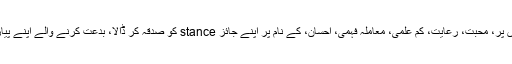
اور وہ ہمارے گھروں میں، گولہ بارود اور اپنے کلچر سمیت گھس گئے، خاندانوں میں رائج غلط اصولوں پر، محبت، رعایت، کم علمی، معاملہ فہمی، احسان، کے نام پر اپنے جائز stance کو صدقہ کر ڈالا، بدعت کرنے والے اپنے پیارے بزرگوں، عزیزوں، پڑوسیوں کو نہ روک سکے نہ ٹوک سکے نہ حق کی تلقین کر پائے اور نتیجہ؟